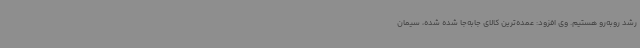
رشد روبه‌رو هستیم. وی افزود: عمده‌ترین کالای جابه‌جا شده شده، سیمان